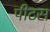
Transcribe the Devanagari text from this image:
पीटस